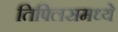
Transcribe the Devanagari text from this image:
तिफ्लिसमध्ये